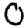
Digit: 0